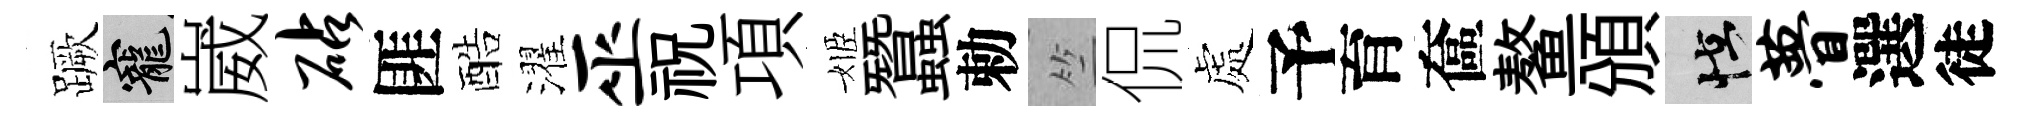
蹶寵崴砧匪酷濯巫祝項姬蠶勅竺侃處予育奩鳌頒怪瞢選徒